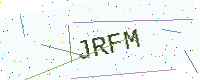
Text: JRFM